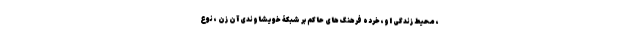
، محیط زندگی او، خرده فرهنگ های حاکم بر شبکۀ خویشاوندی آن زن ، نوع